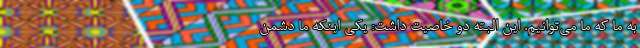
به ما که ما می‌توانیم. این البته دو خاصیت داشت: یکی اینکه ما دشمن